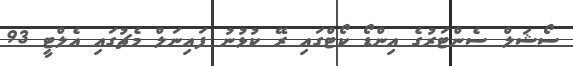
ސޯޝަލް ސެންޓަރުގެ އިންޑޯ ކޯޓްގައި ރޭ ކުޅުނު ފައިނަލް މެޗުގައި އެލްޓީ 93